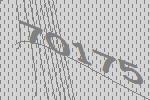
70175